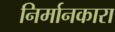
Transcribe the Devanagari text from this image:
निर्मानकारा